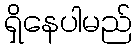
ရှိနေပါမည်